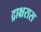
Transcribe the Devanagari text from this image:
द्राक्षरास